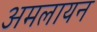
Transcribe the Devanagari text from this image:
अमलायन